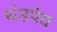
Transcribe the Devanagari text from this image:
थंडपेय